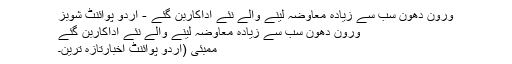
ورون دھون سب سے زیادہ معاوضہ لینے والے نئے اداکاربن گئے - اُردو پوائنٹ شوبز
ورون دھون سب سے زیادہ معاوضہ لینے والے نئے اداکاربن گئے
ممبئی (اُردو پوائنٹ اخبارتازہ ترین۔